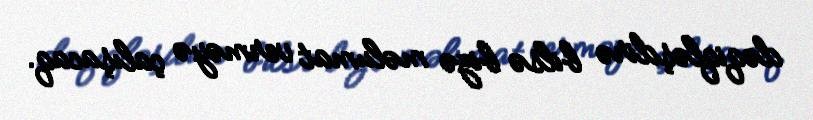
dəqiqləşdirə bilsə bizə məlumat verməyə çalışacaq.